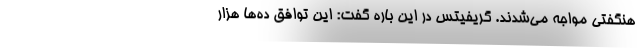
هنگفتی مواجه می‌شدند. گریفیتس در این باره گفت: این توافق ده‌ها هزار